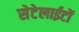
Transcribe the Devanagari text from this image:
सेटेलाईटों